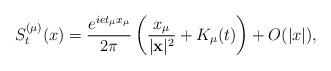
LaTeX: \begin{align*}S_t^{(\mu )}(x)=\frac{e^{iet_{\mu}x_{\mu}}}{2\pi}\left(\frac{x_{\mu}} {|{\bf x}|^2}+K_{\mu}(t)\right)+O(|x|),\end{align*}